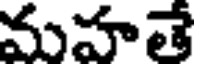
మహతే